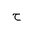
Letter: _ha